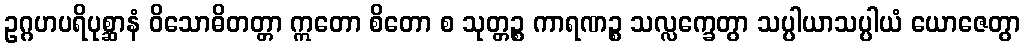
ဥဂ္ဂဟပရိပုစ္ဆာနံ ဝိသောဓိတတ္တာ ဣတော စိတော စ သုတ္တဉ္စ ကာရဏဉ္စ သလ္လက္ခေတွာ သပ္ပါယာသပ္ပါယံ ယောဇေတွာ